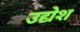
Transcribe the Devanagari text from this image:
उद्येश